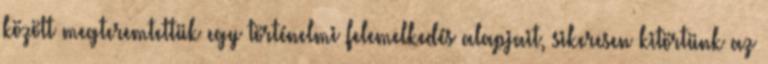
között megteremtettük egy történelmi felemelkedés alapjait, sikeresen kitörtünk az